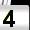
Digit: 4